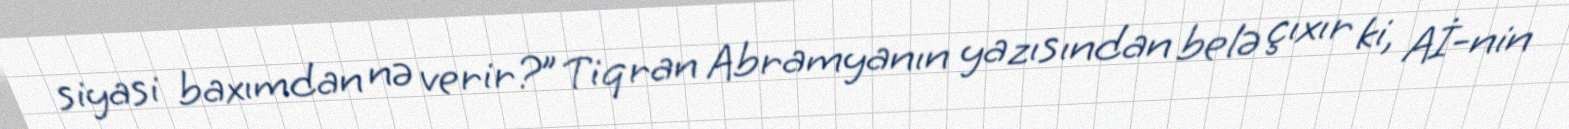
siyasi baxımdan nə verir?” Tiqran Abramyanın yazısından belə çıxır ki, Aİ-nin